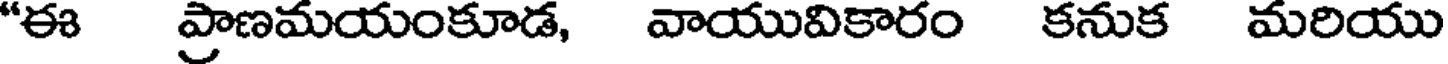
"ఈ ప్రాణమయంకూడ, వాయువికారం కనుక మరియు